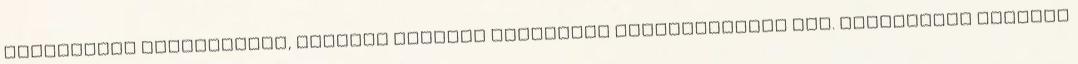
kiírásának lehetőségét, melynek forrása egyébként rendelkezésre áll. Véleményem szerint